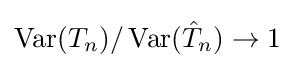
\operatorname {Var} (T_{n})/\operatorname {Var} ({\hat {T}}_{n})\to 1